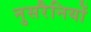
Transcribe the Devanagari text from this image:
नुसरैनियों